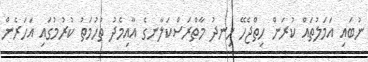
ނުބައި އަމަލުތައް ކުރަން ހިތްޖެހޭ ހިނދު މާތްރަސްކަލާނގެ އާއިމެދު ތުހުމަތު ކުރުމުގައި އަހަރެން